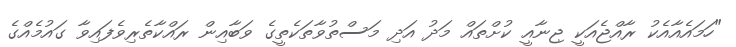
"ހަމައެއާއެކު ރާއްޖެއަކީ ޖިނާއީ ކުށްތައް މަދު އަދި މަސްތުވާތަކެތީގެ ވަބާއިން ރައްކާތެރިވެފައިވާ ގައުމެއްގެ